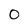
Character: 0